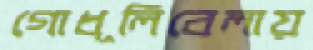
গোধূলিবেলায়